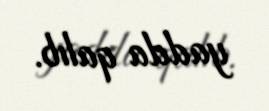
yadda qalıb.